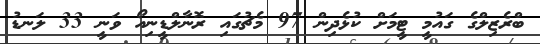
ބްރެޒިލްގެ ގައުމީ ޓީމަށް ކުޅެދިން 97 މެޗުގައި ރޮނާލްޑީނިއޯ ވަނީ 33 ލަނޑު